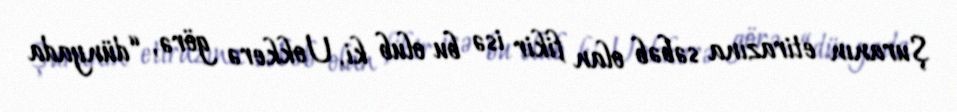
Şuranın etirazına səbəb olan fikir isə bu olub ki, Uokkerə görə, “dünyada